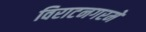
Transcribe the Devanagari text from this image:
विराटनगरमे